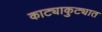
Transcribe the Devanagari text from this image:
काट्याकुट्यात